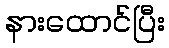
နားထောင်ပြီး